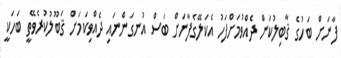
ފާނަށް ބަހުގެ ޤާބިލުކަން ދެއްވުމަށްފަހު އެކަލޭގެފާނަށް ބަސް އުނގަންނައި ދެއްވިކަމަށް ޤަބޫލުކުރެވޭތީ ބަހަކީ